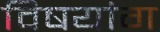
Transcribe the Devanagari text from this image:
विषयांग